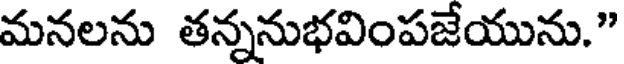
మనలను తన్ననుభవింపజేయును."